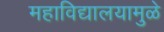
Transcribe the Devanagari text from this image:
महाविद्यालयामुळे